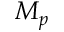
M _ { p }